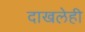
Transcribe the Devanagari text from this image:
दाखलेही